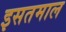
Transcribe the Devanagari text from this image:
इसतमाल